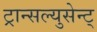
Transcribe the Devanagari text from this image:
ट्रान्सल्युसेन्ट्